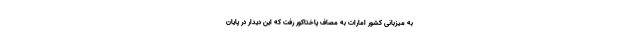
به میزبانی کشور امارات به مصاف پاختاکور رفت که این دیدار در پایان